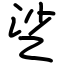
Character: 乷